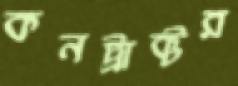
কনট্রাক্টর